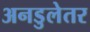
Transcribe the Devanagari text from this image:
अनडुलेतर